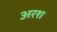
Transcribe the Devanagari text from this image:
अरश